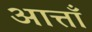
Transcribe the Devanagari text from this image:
आत्ताँ